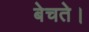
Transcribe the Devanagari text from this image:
बेचते।